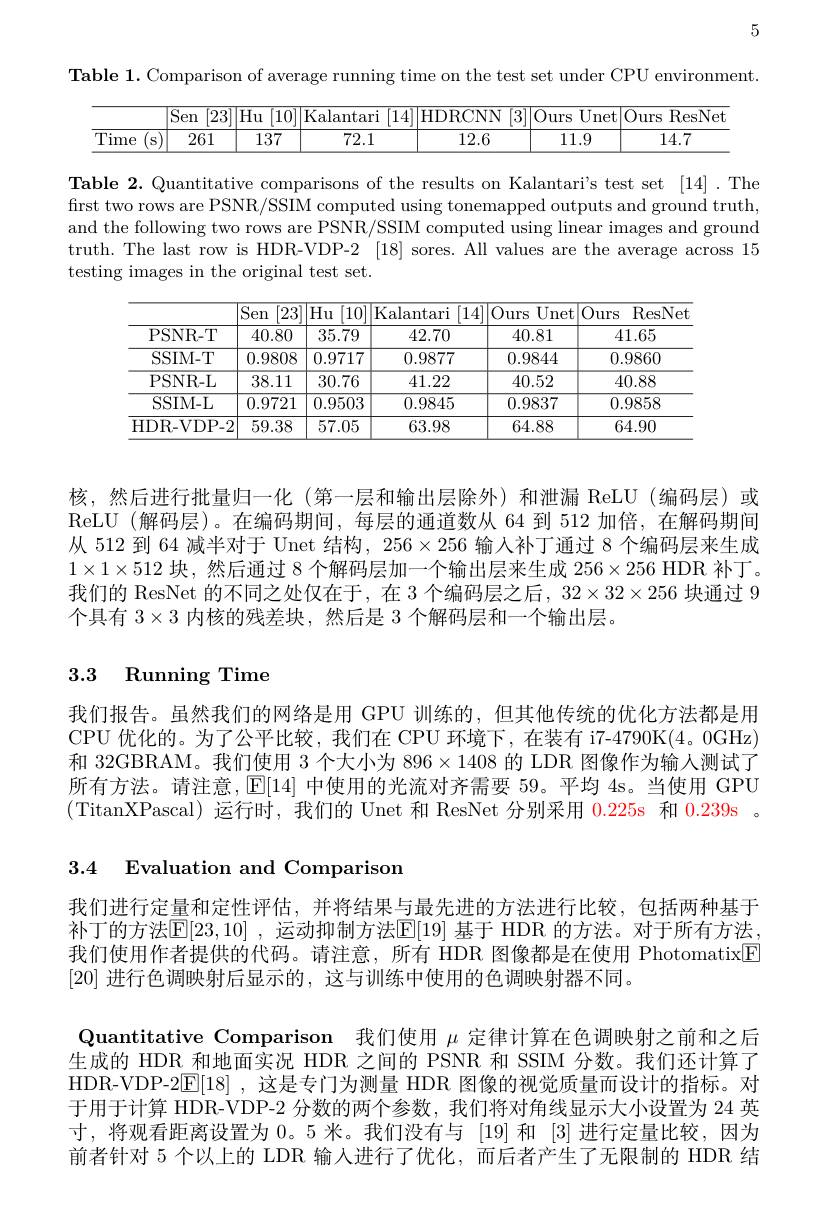
5

Table 1. Comparison of average running time on the test set under CPU environment.

<table>
	<tbody>
		<tr>
			<th> </th>
			<th>$\boxed{\text{Sen}}$ $\overline{[23}$</th>
			<th>$\overline{Hu}$ 10</th>
			<th>Kalantari [14]</th>
			<th>HDRCNN [3</th>
			<th>Ours $\overline{\mathrm{Unet}}$</th>
			<th>$\overline{Ours}$ ResNet</th>
		</tr>
		<tr>
			<td>Time S</td>
			<td>261</td>
			<td>137</td>
			<td>72.1</td>
			<td>12.6</td>
			<td>11.9</td>
			<td>14.7</td>
		</tr>
	</tbody>
</table>

Table 2.Quantitative comparisons of the results on Kalantari's test set [14].The first two rows are PSNR/SSIM computed using tonemapped outputs and ground truth, and the following two rows are PSNR/SSIM computed using linear images and ground truth. The last row is HDR-VDP-2 [18] sores. All values are the average across 15 testing images in the original test set.

<table>
	<tbody>
		<tr>
			<th> </th>
			<th>$\overline{\mathrm{Sen}}$ $23^{\prime}$</th>
			<th>$\boxed{\mathrm{Hu}}$ [10]</th>
			<th>Kalantari [14]</th>
			<th>0 $\overline{\mathrm{Unet}}$ 'urs</th>
			<th>Ours ResNet</th>
		</tr>
		<tr>
			<td>PSNR- T</td>
			<td>40.80</td>
			<td>35.79</td>
			<td>42.70</td>
			<td>40.81</td>
			<td>41.65</td>
		</tr>
		<tr>
			<td>SSIM-T</td>
			<td>0.9808</td>
			<td>0.9717</td>
			<td>0.9877</td>
			<td>0.9844</td>
			<td>0.9860</td>
		</tr>
		<tr>
			<td>PSNR- L</td>
			<td>38.11</td>
			<td>30.76</td>
			<td>41.22</td>
			<td>40.52</td>
			<td>40.88</td>
		</tr>
		<tr>
			<td>SSIM-L</td>
			<td>0.9721</td>
			<td>0.9503</td>
			<td>0.9845</td>
			<td>0.9837</td>
			<td>0.9858</td>
		</tr>
		<tr>
			<td>HDR- VDP- 2</td>
			<td>59.38</td>
			<td>57.05</td>
			<td>63.98</td>
			<td>64.88</td>
			<td>64.90</td>
		</tr>
	</tbody>
</table>

核，然后进行批量归一化(第一层和输出层除外)和泄漏 ReLU(编码层)或ReLU (解码层)。在编码期间，每层的通道数从 64 到 512 加倍，在解码期间从 512 到 64 减半对于 Unet 结构，256$\times256$输入补丁通过 8 个编码层来生成$1\times1\times512$块，然后通过 8 个解码层加一个输出层来生成 256$\times256$ HDR 补丁。我们的 ResNet 的不同之处仅在于，在 3 个编码层之后，$32\times32\times256$块通过 9个具有$3\times3$内核的残差块，然后是 3 个解码层和一个输出层。

# 3.3 Running Time

我们报告。虽然我们的网络是用 GPU 训练的，但其他传统的优化方法都是用CPU 优化的。为了公平比较，我们在 CPU 环境下，在装有 i7-4790K(4。0GHz) 和 32GBRAM。我们使用 3 个大小为 896$\times1408$的 LDR 图像作为输人测试了所有方法。请注意，[E[14] 中使用的光流对齐需要 59。平均 4s。当使用 GPU (TitanXPascal) 运行时，我们的 Unet 和 ResNet 分别采用0.225s 和0.239s 。

## 3.4 Evaluation and Comparison

我们进行定量和定性评估，并将结果与最先进的方法进行比较，包括两种基于补丁的方法$\mathsf{E}[23,10]$ ,运动抑制方法$\mathsf{E}[19]$ 基于 HDR 的方法。对于所有方法， 我们使用作者提供的代码。请注意，所有 HDR 图像都是在使用 Photomatix[F] [20]进行色调映射后显示的，这与训练中使用的色调映射器不同。
Quantitative Comparison 我们使用$\mu$定律计算在色调映射之前和之后生成的 HDR 和地面实况 HDR 之间的 PSNR 和 SSIM 分数。我们还计算了HDR-VDP-2[E[18] ,这是专门为测量 HDR 图像的视觉质量而设计的指标。对于用于计算 HDR-VDP-2 分数的两个参数，我们将对角线显示大小设置为 24 英寸，将观看距离设置为0。5 米。我们没有与 [19]和 [3]进行定量比较，因为前者针对 5 个以上的 LDR 输入进行了优化，而后者产生了无限制的 HDR 结